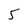
Character: 5